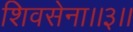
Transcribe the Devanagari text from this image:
शिवसेना।।३।।